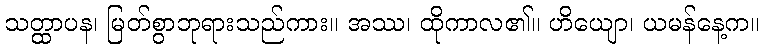
သတ္ထာပန၊ မြတ်စွာဘုရားသည်ကား။ အဿ၊ ထိုကာလ၏။ ဟိယျော၊ ယမန်နေ့က။